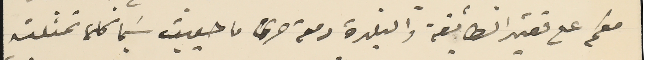
معكم على فقيد الطأيفة والبلدة دمعة حزن ما حييت سَيما كلما تمثلته